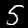
Label: 5